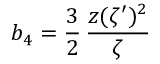
b _ { 4 } = \frac { 3 } { 2 } \, { \frac { z ( \zeta ^ { \prime } ) ^ { 2 } } { \zeta } }